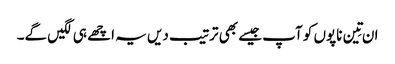
ان تِین ناپوں کو آپ جیسے بھی ترتیب دیں یہ اچھے ہی لگیں گے۔